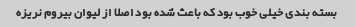
بسته بندی خیلی خوب بود که باعث شده بود اصلا از لیوان بیروم نریزه